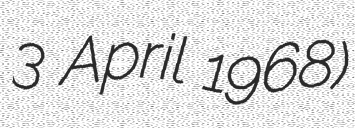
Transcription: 3 April 1968)